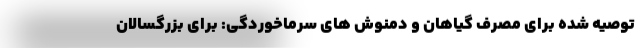
توصیه شده برای مصرف گیاهان و دمنوش های سرماخوردگی: برای بزرگسالان